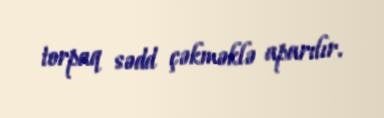
torpaq sədd çəkməklə aparılır.